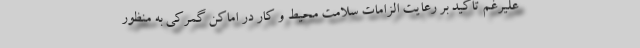
علیرغم تاکید بر رعایت الزامات سلامت محیط و کار در اماکن گمرکی به منظور